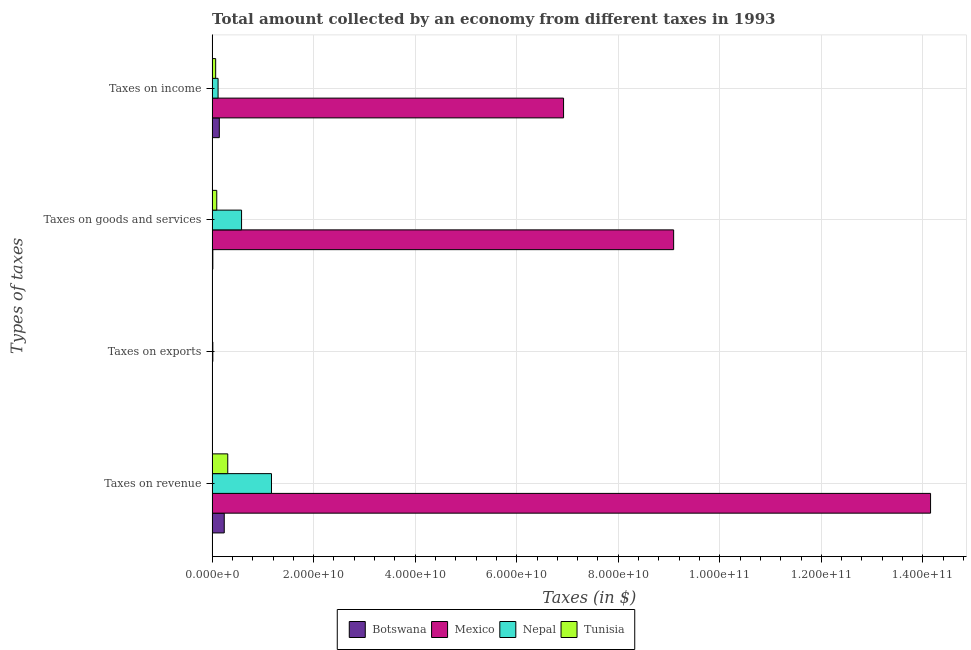
| Types of taxes | Botswana | Mexico | Nepal | Tunisia |
 | --- | --- | --- | --- | --- |
 | Taxes on revenue | 2.39e+09 | 1.42e+11 | 1.17e+10 | 3.08e+09 |
 | Taxes on exports | 5e+05 | 3.1e+07 | 1.41e+08 | 9.1e+06 |
 | Taxes on goods and services | 1.42e+08 | 9.09e+10 | 5.8e+09 | 9.14e+08 |
 | Taxes on income | 1.42e+09 | 6.92e+10 | 1.17e+09 | 6.98e+08 |